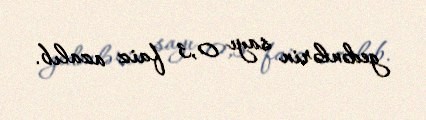
gedənlərin sayı 0,3 faiz azalıb.